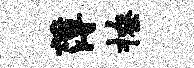
薄撩